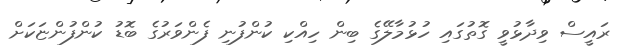
ރައީސް ވިދާޅުވީ ގޮތުގައި ހުޅުމާލޭގެ ބިން ހިއްކި ކުންފުނި ފެންވަރުގެ ބޮޑު ކުންފުންޏަކަށް